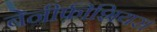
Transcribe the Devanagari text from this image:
बेनीफ़ीशियस